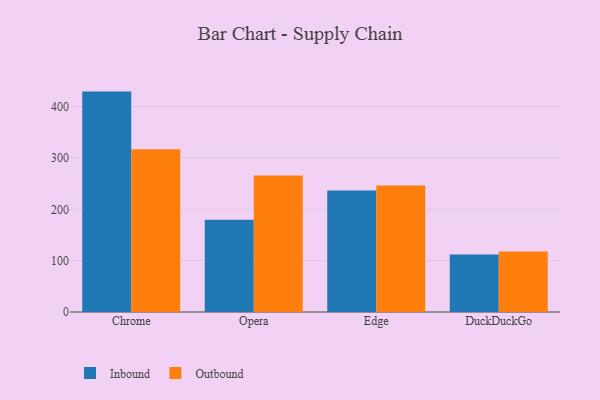
{"axis": {"x": "Browser", "y": "Active Users"}, "legend": ["Inbound", "Outbound"], "data": [{"x": "Chrome", "y": 429.5, "type": "Inbound"}, {"x": "Chrome", "y": 317.1, "type": "Outbound"}, {"x": "Opera", "y": 179.8, "type": "Inbound"}, {"x": "Opera", "y": 266.2, "type": "Outbound"}, {"x": "Edge", "y": 236.9, "type": "Inbound"}, {"x": "Edge", "y": 246.5, "type": "Outbound"}, {"x": "DuckDuckGo", "y": 112.0, "type": "Inbound"}, {"x": "DuckDuckGo", "y": 118.0, "type": "Outbound"}]}